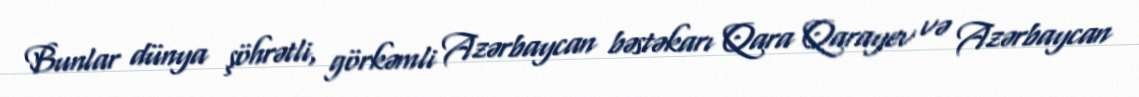
Bunlar dünya şöhrətli, görkəmli Azərbaycan bəstəkarı Qara Qarayev və Azərbaycan